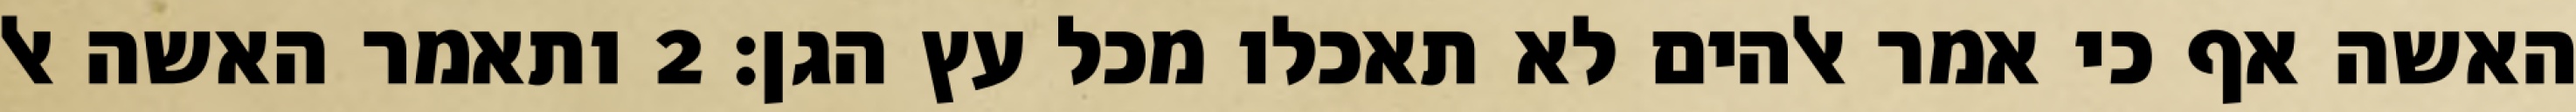
האשה אף כי אמר אלהים לא תאכלו מכל עץ הגן׃ ‎2‏ ותאמר האשה אל